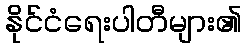
နိုင်ငံရေးပါတီများ၏